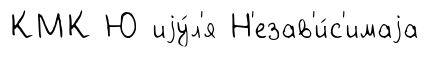
КМК Ю иjу́л'я Н'езав'и́с'имаjа